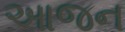
આજન